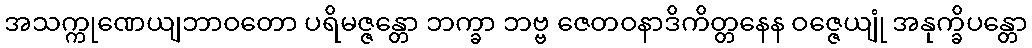
အသက္ကုဏေယျဘာဝတော ပရိမဇ္ဇန္တော ဘက္ခာ ဘဗ္ဗ ဇေတဝနာဒိကိတ္တနေန ဝဇ္ဇေယျုံ အနုက္ခိပန္တော